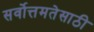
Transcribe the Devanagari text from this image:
सर्वोत्तमतेसाठी